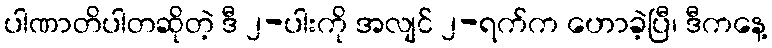
ပါဏာတိပါတဆိုတဲ့ ဒီ ၂-ပါးကို အလျင် ၂-ရက်က ဟောခဲ့ပြီ၊ ဒီကနေ့